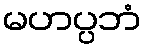
မဟပ္ပဘံ